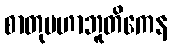
စာတုမဟာဘူတိကေန